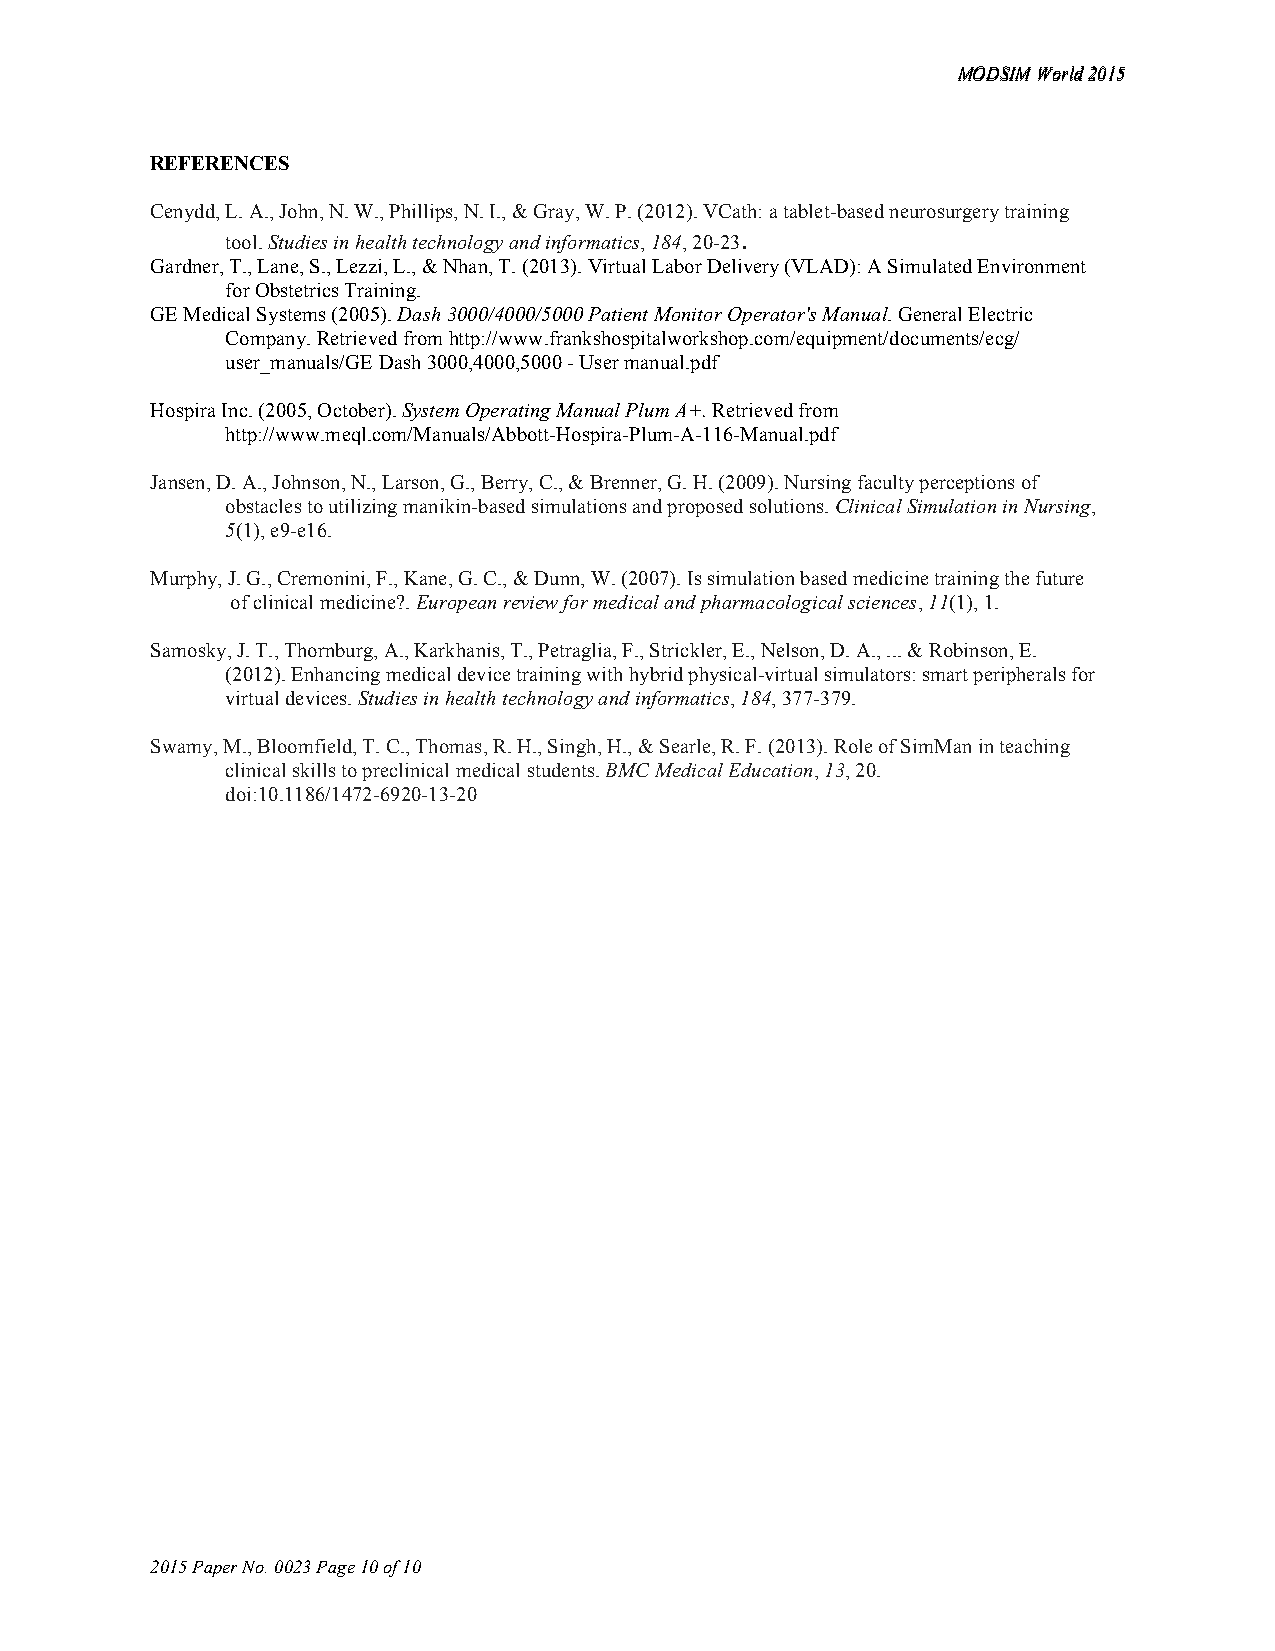
MMOODDSSIIMM WWoorrlldd 22001155
 REFERENCES
 Cenydd, L. A., John, N. W., Phillips, N. I., & Gray, W. P. (2012). VCath: a tablet-based neurosurgery training
 tool. Studies in health technology and informatics, 184, 20-23.
 Gardner, T., Lane, S., Lezzi, L., & Nhan, T. (2013). Virtual Labor Delivery (VLAD): A Simulated Environment
 for Obstetrics Training.
 GE Medical Systems (2005). Dash 3000/4000/5000 Patient Monitor Operator's Manual. General Electric
 Company. Retrieved from http://www.frankshospitalworkshop.com/equipment/documents/ecg/
 user_manuals/GE Dash 3000,4000,5000 - User manual.pdf
 Hospira Inc. (2005, October). System Operating Manual Plum A+. Retrieved from
 http://www.meql.com/Manuals/Abbott-Hospira-Plum-A-116-Manual.pdf
 Jansen, D. A., Johnson, N., Larson, G., Berry, C., & Brenner, G. H. (2009). Nursing faculty perceptions of
 obstacles to utilizing manikin-based simulations and proposed solutions. Clinical Simulation in Nursing,
 5(1), e9-e16.
 Murphy, J. G., Cremonini, F., Kane, G. C., & Dunn, W. (2007). Is simulation based medicine training the future
 of clinical medicine?. European review for medical and pharmacological sciences, 11(1), 1.
 Samosky, J. T., Thornburg, A., Karkhanis, T., Petraglia, F., Strickler, E., Nelson, D. A., ... & Robinson, E.
 (2012). Enhancing medical device training with hybrid physical-virtual simulators: smart peripherals for
 virtual devices. Studies in health technology and informatics, 184, 377-379.
 Swamy, M., Bloomfield, T. C., Thomas, R. H., Singh, H., & Searle, R. F. (2013). Role of SimMan in teaching
 clinical skills to preclinical medical students. BMC Medical Education, 13, 20.
 doi:10.1186/1472-6920-13-20
 2015 Paper No. 0023 Page 10 of 10